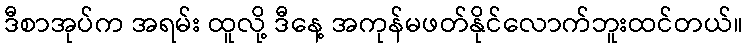
ဒီစာအုပ်က အရမ်း ထူလို့ ဒီနေ့ အကုန်မဖတ်နိုင်လောက်ဘူးထင်တယ်။